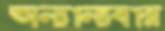
অন্যান্যবার